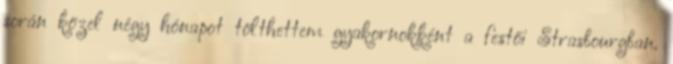
során közel négy hónapot tölthettem gyakornokként a festői Strasbourgban.